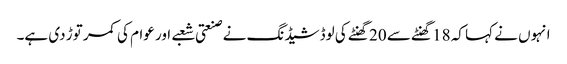
انہوں نے کہا کہ 18 گھنٹے سے 20 گھنٹے کی لوڈشیڈنگ نے صنعتی شعبے اور عوام کی کمر توڑ دی ہے۔